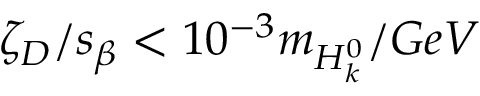
\zeta _ { D } / s _ { \beta } < 1 0 ^ { - 3 } m _ { H _ { k } ^ { 0 } } / G e V